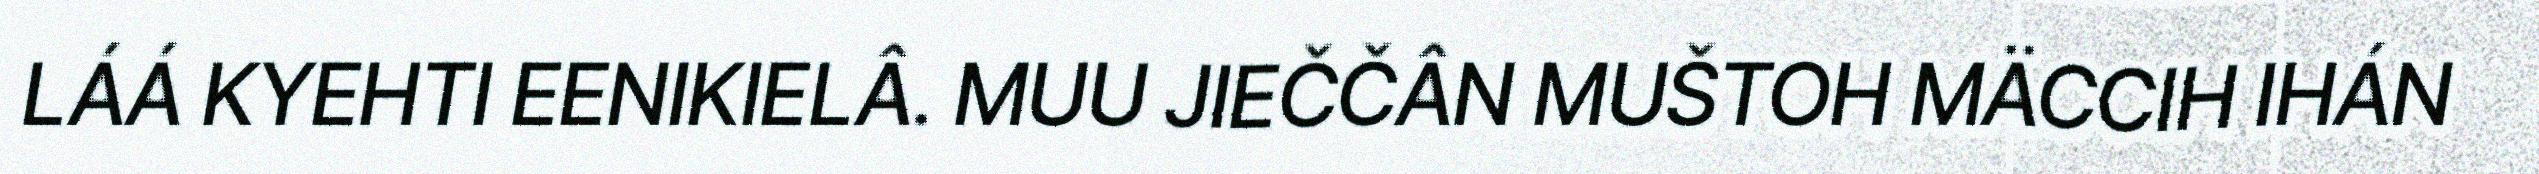
LÁÁ KYEHTI EENIKIELÂ. MUU JIEČČÂN MUŠTOH MÄCCIH IHÁN